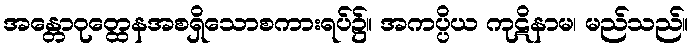
အန္တောဝုတ္ထေနအစရှိသောစကားရပ်၌။ အကပ္ပိယ ကုဋိနာမ၊ မည်သည်။